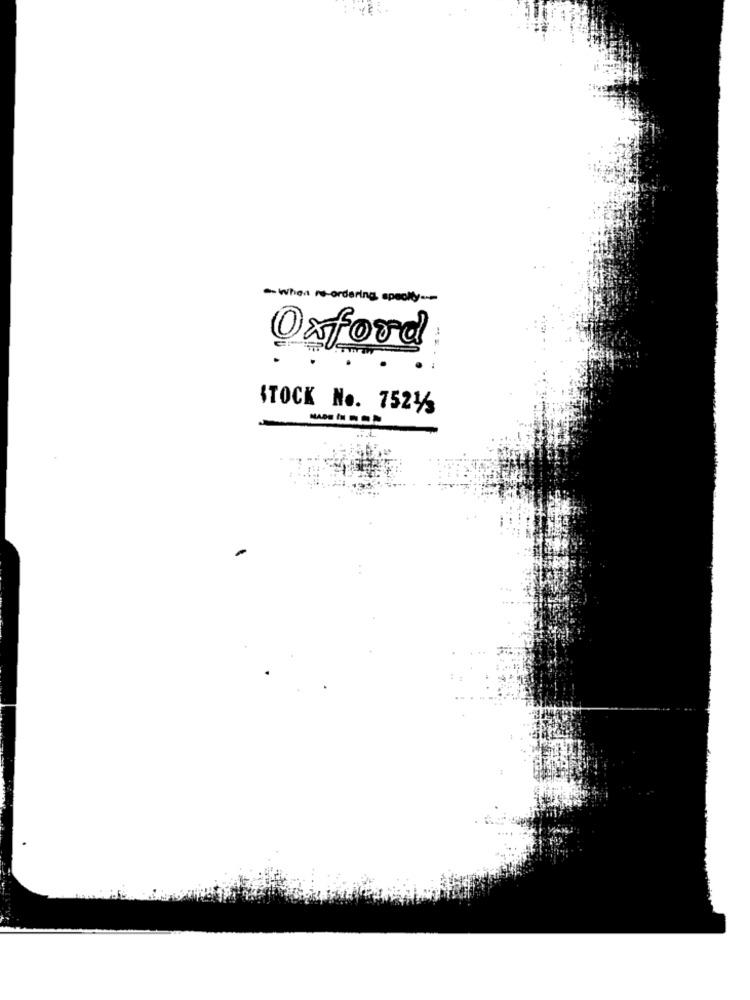
- When re ordering speckly-
Oxford
STOCK No. 75213